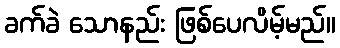
ခက်ခဲ သောနည်း ဖြစ်ပေလိမ့်မည်။